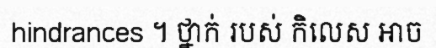
hindrances ។ ថ្នាក់ របស់ កិលេស អាច